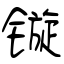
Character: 镟